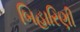
બિહારિણી